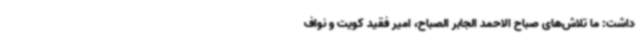
داشت: ما تلاش‌های صباح الاحمد الجابر الصباح، امیر فقید کویت و نواف